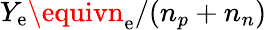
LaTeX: Y_{\mathrm{e}}\equivn_{\mathrm{e}}/(n_{p}+n_{n})